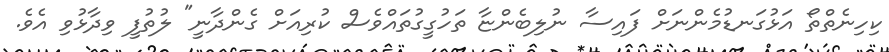
ކިހިނެތްތޯ އަޅުގަނޑުމެންނަށް ފައިސާ ނުލިބެންޏާ ތަހުގީގުތައްވެސް ކުރިއަށް ގެންދާނީ" ލުތުފީ ވިދާޅުވި އެވެ.